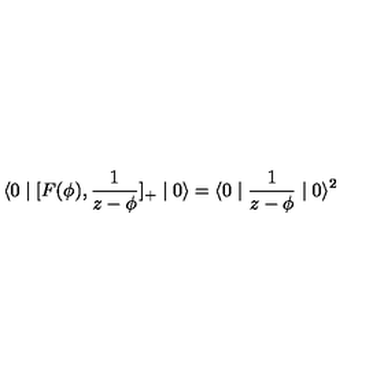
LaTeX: \langle 0 \mid [ F ( \phi ) , \frac { 1 } { z - \phi } ] _ { + } \mid 0 \rangle = \langle 0 \mid \frac { 1 } { z - \phi } \mid 0 \rangle ^ { 2 }